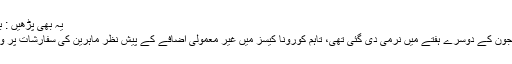
یہ بھی پڑھیں : بنگال میں بی جے پی رکن اسمبلی کی پراسرار حالات میں موت
قابل ذکر ہے کہ وادی میں قریب تین ماہ بعد لاک ڈاؤن میں ماہ جون کے دوسرے ہفتے میں نرمی دی گئی تھی، تاہم کورونا کیسز میں غیر معمولی اضافے کے پیش نظر ماہرین کی سفارشات پر وادی کے مختلف علاقوں میں ایک بار پھر لاک ڈاؤن نافذ کیا گیا۔